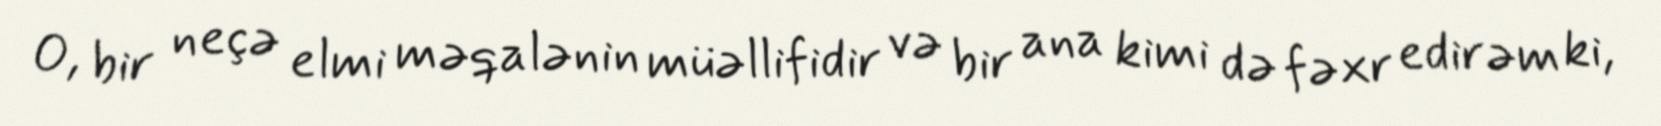
O, bir neçə elmi məqalənin müəllifidir və bir ana kimi də fəxr edirəm ki,